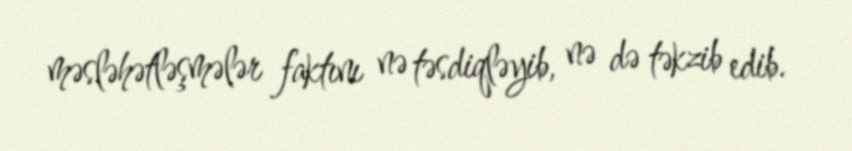
məsləhətləşmələr faktını nə təsdiqləyib, nə də təkzib edib.